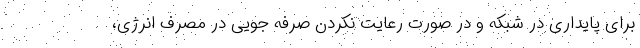
برای پایداری در شبکه و در صورت رعایت نکردن صرفه جویی در مصرف انرژی،